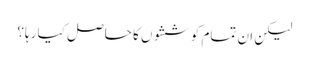
لیکن ان تمام کوششوں کا حاصل کیا رہا؟